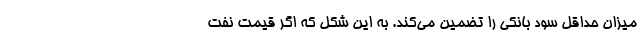
میزان حداقل سود بانکی را تضمین می‌کند. به این شکل که اگر قیمت نفت